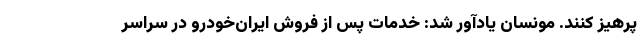
پرهیز کنند. مونسان یادآور شد: خدمات پس از فروش ایران‌خودرو در سراسر